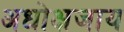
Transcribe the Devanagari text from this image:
अधोक्षजाय